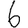
Digit: 6